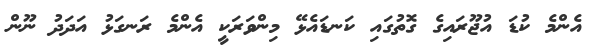
އެންމެ ކުޑަ އުޖޫރައިގެ ގޮތުގައި ކަނޑައެޅޭ މިންވަރަކީ އެންމެ ރަނގަޅު އަދަދު ނޫން